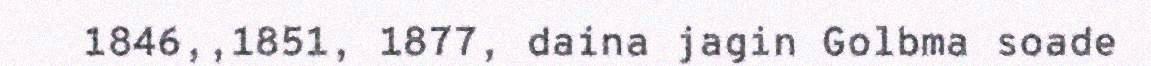
1846,,1851, 1877, daina jagin Golbma soade